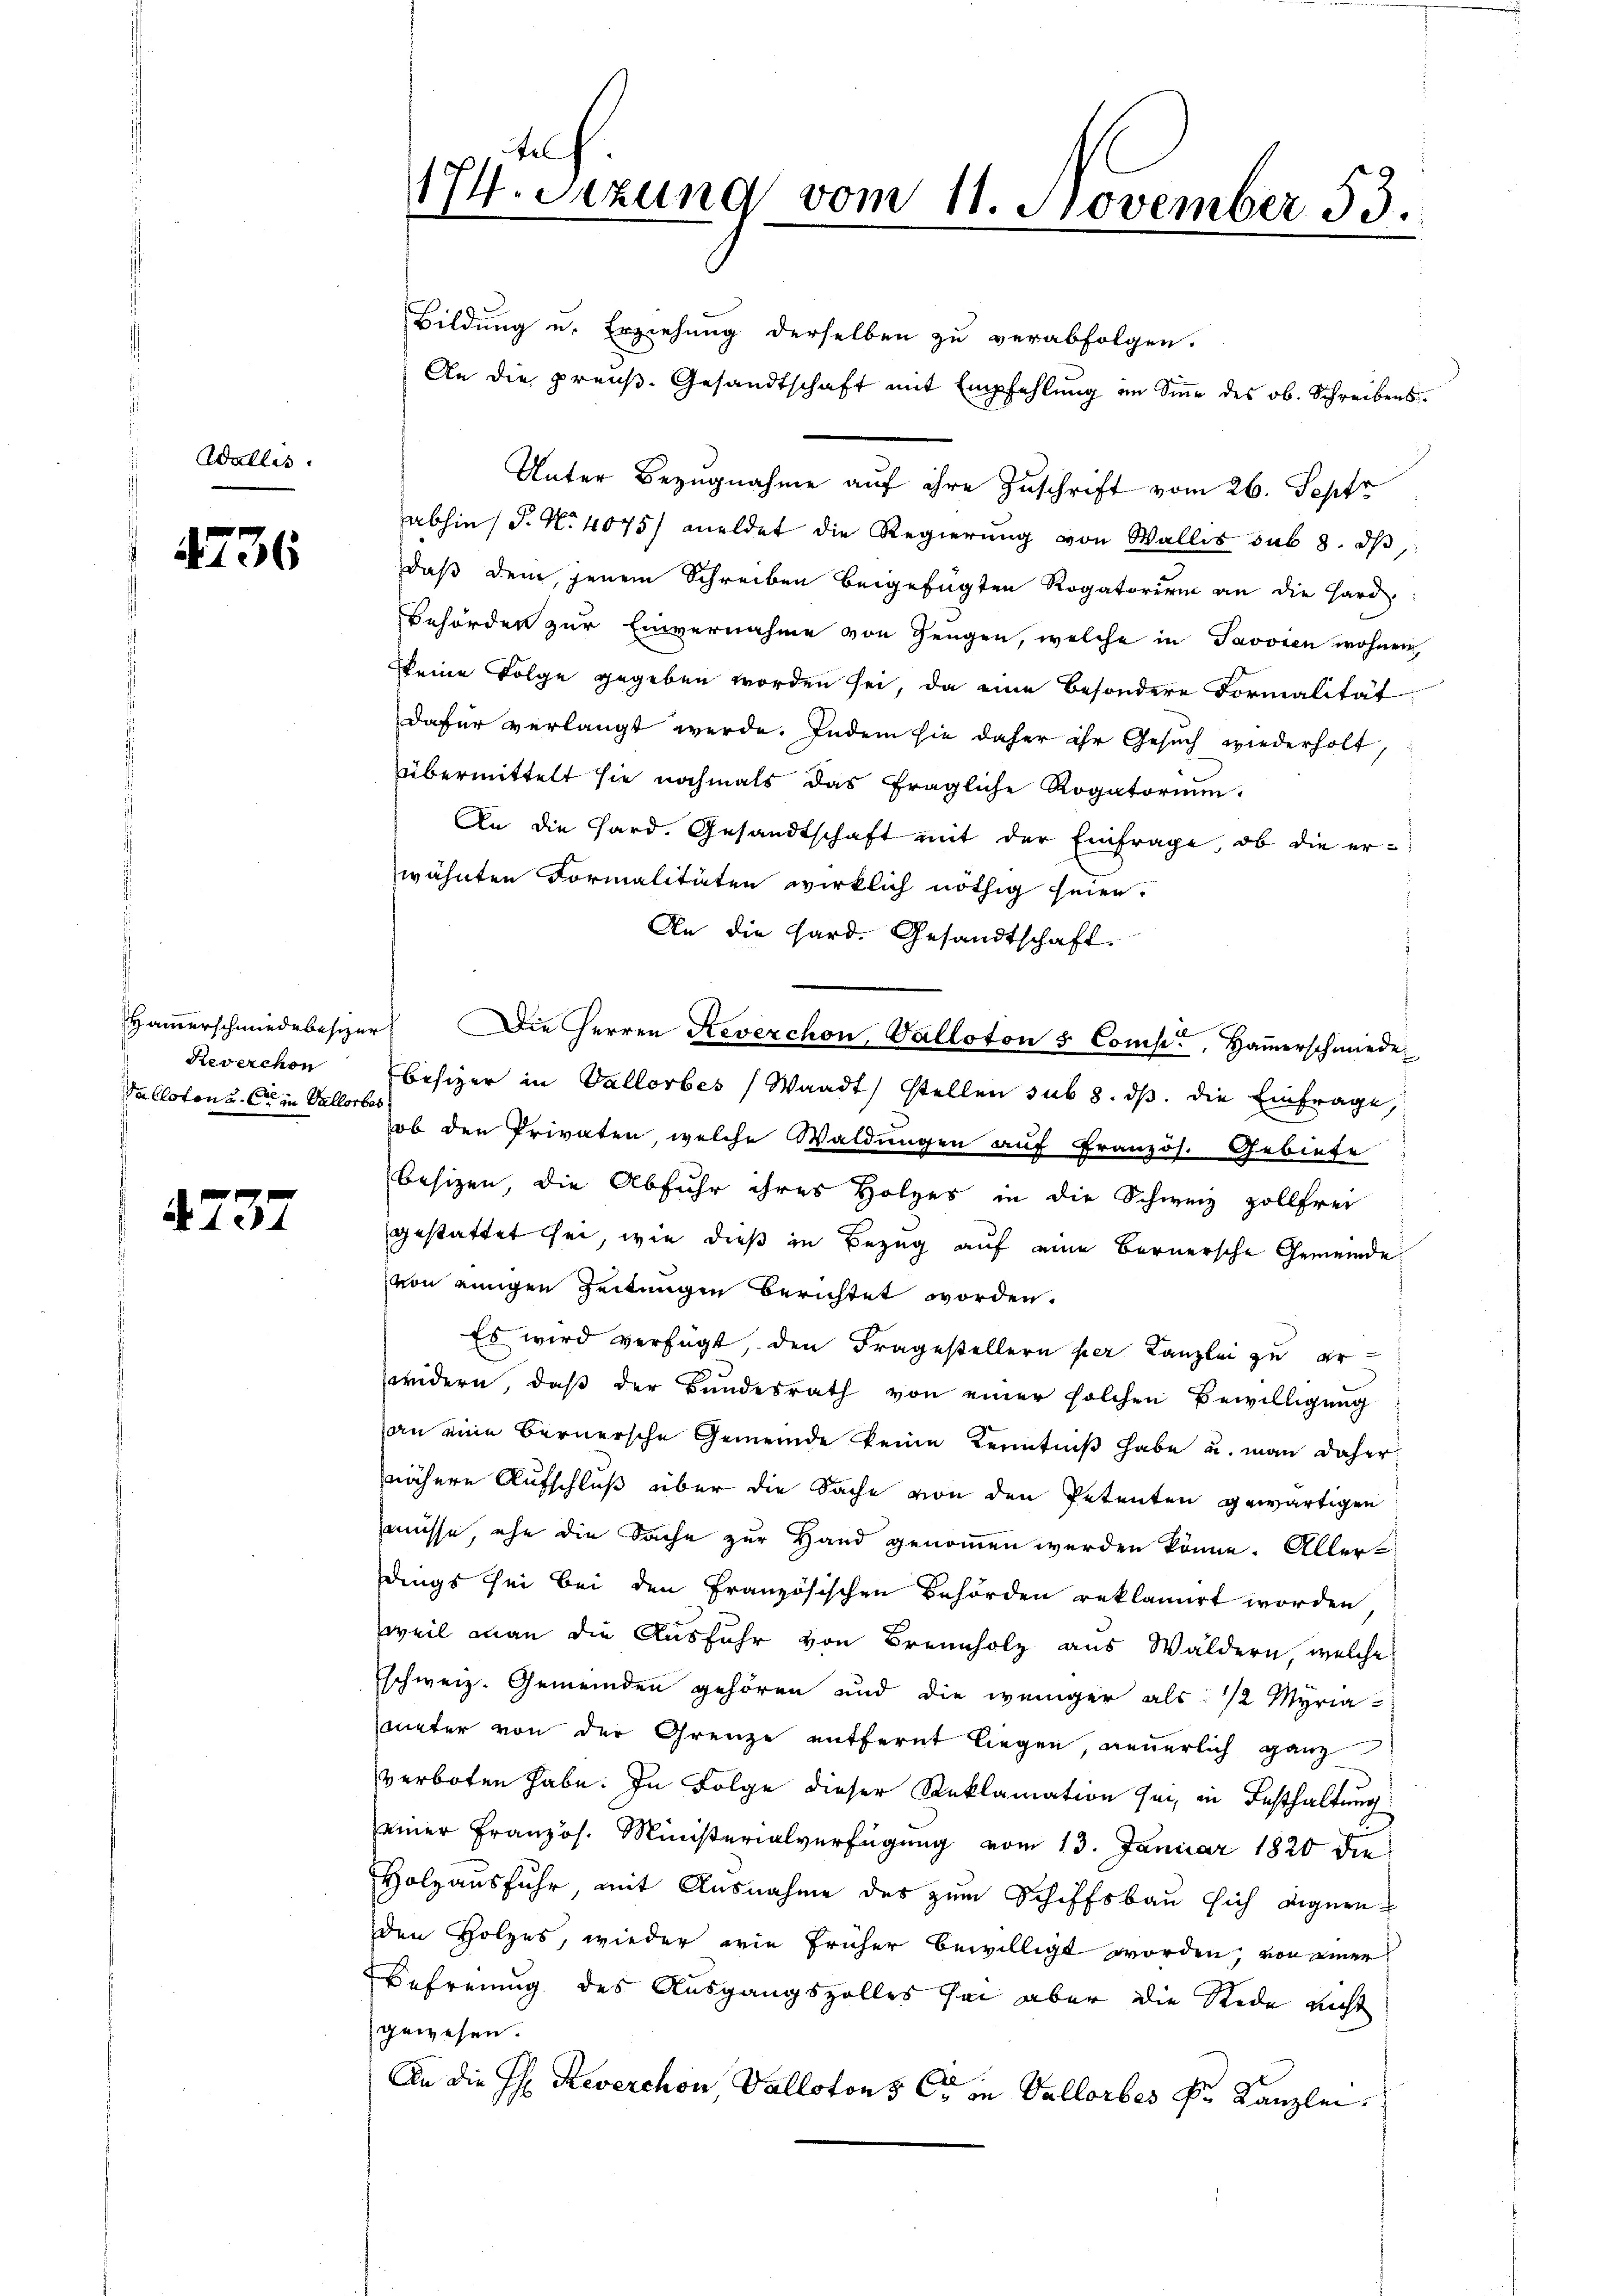
Wallis.

4736

Reverchen
Valloten u. Ort in Vallorbes

4737

fel
174. Sitzung vom 11. November 53.

Bildung u. Erziehung derselben zu verabfolgen.
An die preuß. Gesandtschaft mit Empfehlung im Sinne des ob. Schreibens¬
Unter Bezugnahme auf ihre Zuschrift vom 26. Sept
abhin P. N. 4075/ meldet die Regierŭng von Wallis sub 8. dβ,
daß dem jenem Schreiben beigefügten Rogatorium an die Hard
Behörden zur Einvernahme von Zeugen, welche in Javvien wohnen,
keine Folge gegeben worden sei, da eine besondere Formalität
dafür verlangt werde. Indem sie daher ihr Gesuch wiederholt,
übermittelt sie nochmals das fragliche Rogatorium.
An die Hard. Gesandtschaft mit der Einfrage, ob die erwähnten Formalitäten wirklich nöthig seien.
An die Hard. Gesandtschaft.
Hammerschmiedebesizer Die Herren Reverchon Valloton u. Comp., Hamerschmiede-
besizer in Vallorbes Waadt) stellen sub 8. ds. die Einfrage,
ob den Privaten, welche Waldungen auf Französ. Gebiete
besizen, die Abfuhr ihres Holzes in die Schweiz zollfrei
gestattet sei, wie dieß in Bezug auf eine Bernersche Gemeinde
von einigen Zeitungen berichtet worden.
Es wird verfügt, den Fragestellern per Kanzlei zu erwidern, daß der Bundesrath von einer solchen Bewilligung
an eine Bernersche Gemeinde keine Kenntniß habe u. man daher
nähere Aufschluß über die Sache von den Petenten gewärtigen
müsse, ehe die Sache zur Hand genommen werden könne. Aller
dings sei bei den Französischen Behörden reklamirt worden
weil man die Ausfuhr von Brennholz aus Wäldern, welche
Eschweiz. Gemeinden gehören und die weniger als 1/2 Myria
meter von der Grenze entfernt liegen, neuerlich ganz
verboten habe. In Folge dieser Reklamation sei, in Festhaltung
seiner Französ. Ministerialverfügung vom 13. Januar 1820 die
Holzausfuhr, mit Ausnahme des zum Schiffsbau sich eigern
den Holzes, wieder wie früher bewilligt worden, von einer
Befreung des Ausgangszolles sei aber die Rede nicht
gewesen.
An die H: Reverchon, Vallotons er in Vallorbes k. Kanzlei